Vaccination Hyderabad 1872-1889 - 1872-1889
Year: 1872
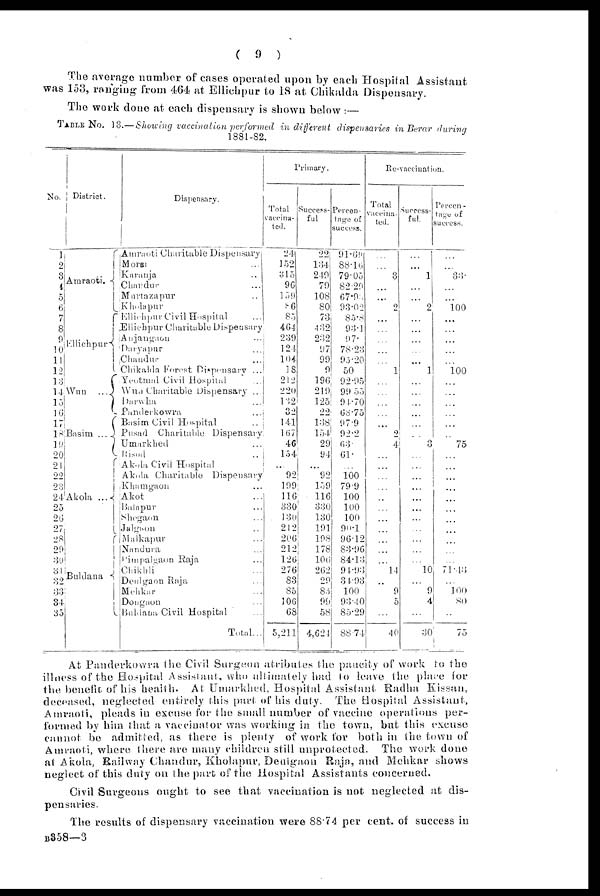
( 9 )
The average number of cases operated upon by each Hospital Assistant
was 153, ranging from 464 at Ellichpur to 18 at Chikalda Dispensary.
The work done at each dispensary is shown below :—
TABLE No. 13.—Showing vaccination performed in different dispensaries in Berar during
1881-82.
No.
1
2
3
4
5
6
7
8
9
10
11
12
13
14
15
16
17
18
19
20
21
22
23
24
25
26
27
28
29
30
31
32
33
34
35
District.
Amraoti.
Ellichpur
Wun ...
Basim ...
Akola ...
Buklana
Dispensary.
Amraoti Charitable Dispensary
Morsi ...
Karanja ...
Chandur ...
Murtazapur ...
Kholapur ...
Ellichpur Civil Hospital ...
Ellichpur Charitable Dispensary
Anjangaon ...
Daryapur ...
Chandur ...
Chikalda Forest Dispensary ...
Yeotmal Civil Hospital ...
Wun Charitable Dispensary ...
Darwha ...
Panderkowra ...
Basim Civil Hospital ...
Pusad Charitable Dispensary
Umarkhed ...
Risod ...
Akola Civii Hospital
Akola Charitable Dispensary
Khamgaon ...
Akot ...
Balapur ...
Shegaon ...
Jalgaon ...
Malkapur ...
Nandura ...
Pimpalgaon Raja ...
Chikhli ...
Deulgaon Raja ...
Mehkar ...
Dongaon ...
Buldana Civil Hospital ...
Total...
Primary.
Total
vaccina-
ted.
24
152
315
96
159
86
85
464
239
124
104
18
212
220
132
32
141
167
46
154
...
92
199
116
330
130
212
206
212
126
276
83
85
106
68
5,211
Success-
ful.
22
134
249
79
108
80
73
432
232
97
99
9
196
219
125
22
138
154
29
94
...
92
159
116
330
130
191
198
178
106
262
29
85
99
58
4,624
Percen-
tage of
success.
91.69
88.16
79.05
82.29
67.95
93.02
85.8
93.1
97.
78.23
95.20
50
92.95
99.55
94.70
68.75
97.9
92.2
63.
61.
...
100
79.9
100
100
100
90.1
96.12
83.96
84.13
94.93
34.93
100
93.40
85.29
88.74
Re-vaccination.
Total
vaccina-
ted.
...
...
3
...
...
2
...
...
...
...
...
1
...
...
...
...
...
2
4
...
...
...
...
...
...
...
...
...
...
...
14
...
9
5
...
40
Success-
ful.
...
...
1
...
...
2
...
...
...
...
...
1
...
...
...
...
...
...
3
...
...
...
...
...
...
...
...
...
...
...
10
...
9
4
...
30
Percen-
tage of
success.
...
...
33.
...
...
100
...
...
...
...
...
100
...
...
...
...
...
...
75
...
...
...
...
...
...
...
...
...
...
...
71.43
...
100
80
...
75
At Panderkowra the Civil Surgeon atributes the paucity of work to the
illness of the Hospital Assistant, who ultimately had to leave the place for
the benefit of his health. At Umarkhed, Hospital Assistant Radha Kissan,
deceased, neglected entirely this part of his duty. The Hospital Assistant,
Amraoti, pleads in excuse for the small number of vaccine operations per-
formed by him that a vaccinator was working in the town, but this excuse
cannot be admitted, as there is plenty of work for both in the town of
Amraoti, where there are many children still unprotected. The work done
at Akola, Railway (Chandur, Kholapur, Deulgaon Raja, and Mehkar shows
neglect of this duty on the part of the Hospital Assistants concerned.
Civil Surgeons ought to see that vaccination is not neglected at dis-
pensaries.
The results of dispensary vaccination were 88.74 per cent. of success in
B358—3